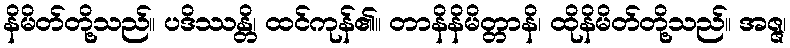
နိမိတ်တို့သည်။ ပဒိဿန္တိ၊ ထင်ကုန်၏။ တာနိနိမိတ္တာနိ၊ ထိုနိမိတ်တို့သည်။ အဇ္ဇ၊